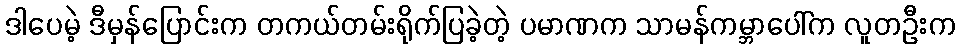
ဒါပေမဲ့ ဒီမှန်ပြောင်းက တကယ်တမ်းရိုက်ပြခဲ့တဲ့ ပမာဏက သာမန်ကမ္ဘာပေါ်က လူတဦးက